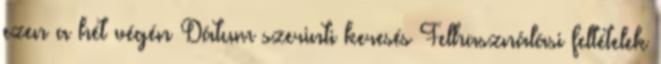
ezen a hét végén Dátum szerinti keresés Felhasználási feltételek